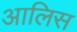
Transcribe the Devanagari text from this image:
आलिस